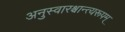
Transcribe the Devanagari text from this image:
अनुस्वारश्चान्त्यरूपम्